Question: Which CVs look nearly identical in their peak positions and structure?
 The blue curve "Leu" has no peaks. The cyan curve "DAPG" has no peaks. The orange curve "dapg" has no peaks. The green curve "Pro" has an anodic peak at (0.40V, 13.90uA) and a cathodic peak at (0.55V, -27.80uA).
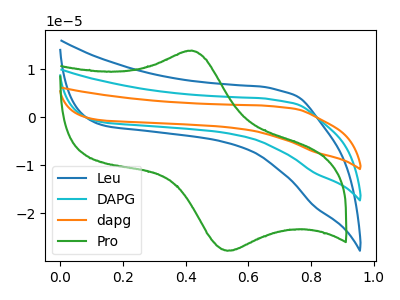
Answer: <think>Neither "Leu" or "DAPG" have any peaks. Neither "Leu" or "dapg" have any peaks. "Leu" and "Pro" have a different number of peaks. Neither "DAPG" or "dapg" have any peaks. "DAPG" and "Pro" have a different number of peaks. "dapg" and "Pro" have a different number of peaks.
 </think>
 <answer>"Leu", "DAPG" and "dapg" have the same shape and are likely CV's of the same chemical.</answer>
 <eval>"Leu" "DAPG" "dapg"</eval>